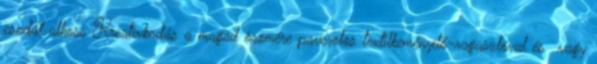
csodát alkoss Kreatívkodás a magad örömére paverolos textilkeményítő-ragasztóval és vagy